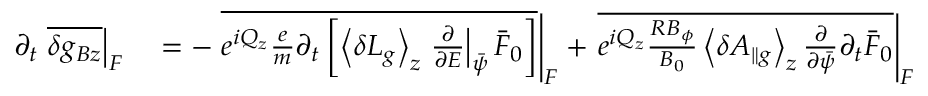
\begin{array} { r l } { \partial _ { t } \left. \overline { { \delta g _ { B z } } } \right| _ { F } } & { { } = - \left. \overline { { e ^ { i Q _ { z } } \frac { e } { m } \partial _ { t } \left[ \left\langle \delta L _ { g } \right\rangle _ { z } \left. \frac { \partial } { \partial { \cal E } } \right| _ { \bar { \psi } } \bar { F } _ { 0 } \right] } } \right| _ { F } + \left. \overline { { e ^ { i Q _ { z } } \frac { R B _ { \phi } } { B _ { 0 } } \left\langle \delta A _ { \parallel g } \right\rangle _ { z } \frac { \partial } { \partial \bar { \psi } } \partial _ { t } \bar { F } _ { 0 } } } \right| _ { F } } \end{array}